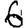
Digit: 6